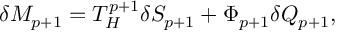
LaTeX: \delta M _ { p + 1 } = T _ { H } ^ { p + 1 } \delta S _ { p + 1 } + \Phi _ { p + 1 } \delta Q _ { p + 1 } ,